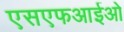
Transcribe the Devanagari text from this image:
एसएफआईओ